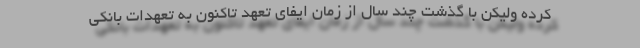
کرده ولیکن با گذشت چند سال از زمان ایفای تعهد تاکنون به تعهدات بانکی